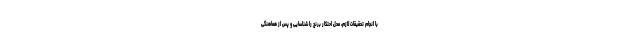
با انجام تحقیقات لازم، محل احتکار برنج را شناسایی و پس از هماهنگی